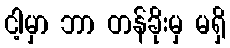
ငါ့မှာ ဘာ တန်ခိုးမှ မရှိ